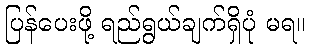
ပြန်ပေးဖို့ ရည်ရွယ်ချက်ရှိပုံ မရ။